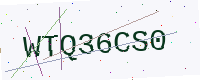
Text: WTQ36CS0